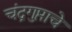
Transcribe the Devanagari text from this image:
चंद्रगुप्ताचे